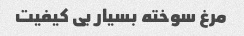
مرغ سوخته بسیار بی کیفیت